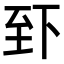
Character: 𫠮